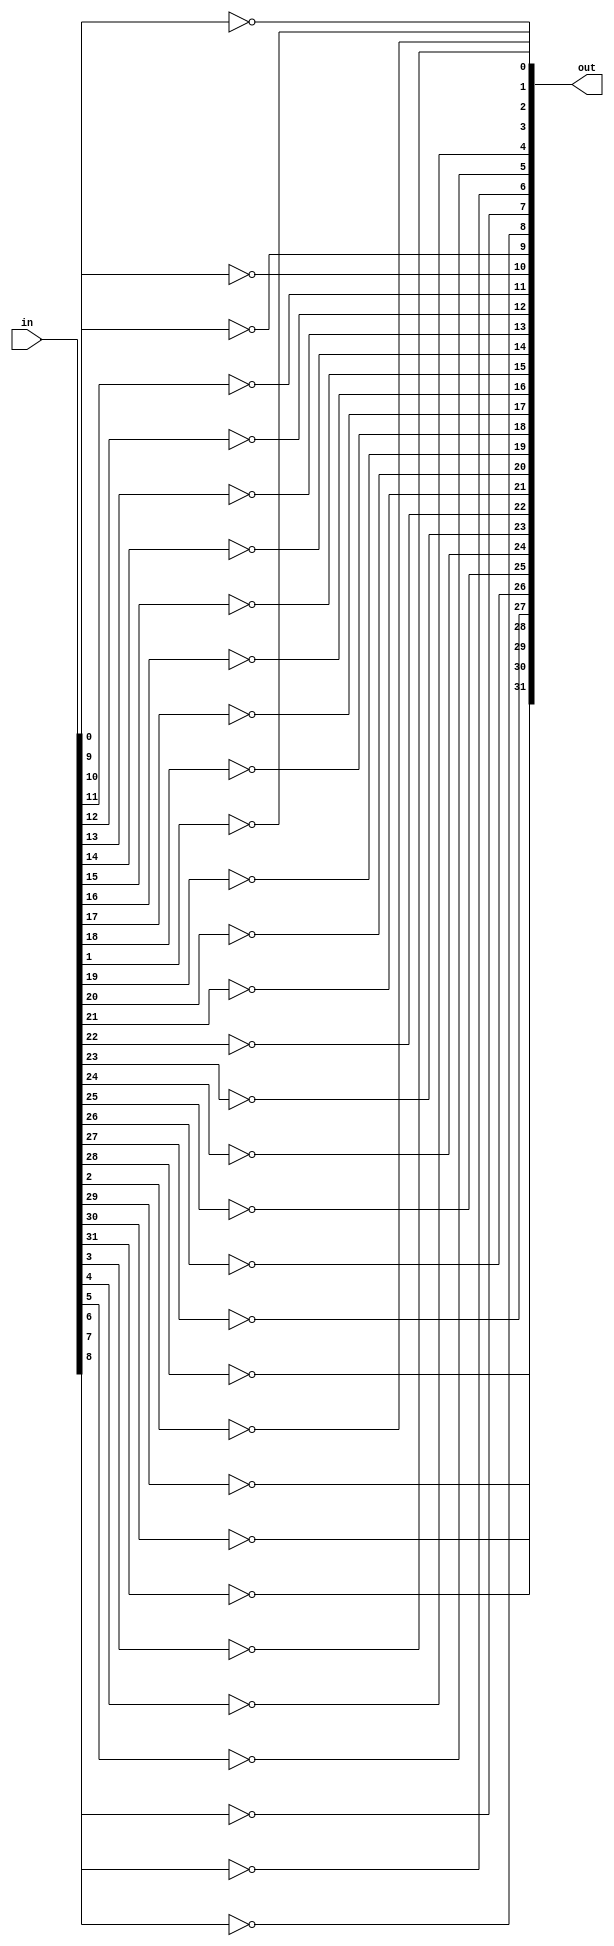
module not_gate(in, out);
input [31:0] in;
output [31:0] out;

genvar i;
generate
    for (i = 0; i < 32; i = i + 1) begin
        not(out[i], in[i]);
    end
endgenerate

endmodule